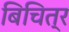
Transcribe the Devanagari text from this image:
बिचित्र